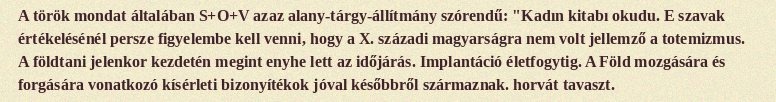
A török mondat általában S+O+V azaz alany-tárgy-állítmány szórendű: "Kadın kitabı okudu. E szavak értékelésénél persze figyelembe kell venni, hogy a X. századi magyarságra nem volt jellemző a totemizmus. A földtani jelenkor kezdetén megint enyhe lett az időjárás. Implantáció életfogytig. A Föld mozgására és forgására vonatkozó kísérleti bizonyítékok jóval későbbről származnak. horvát tavaszt.